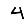
Digit: 4